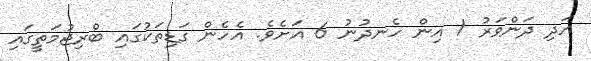
އަދި ދަންވަރު 1 އިން ހެނދުނު 6 އަށެވެ. އެހެން ގަޑިތަކުގައި ބްރިޖުމަތީގައި